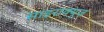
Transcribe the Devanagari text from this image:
साइराक्यूज